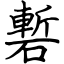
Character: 磛